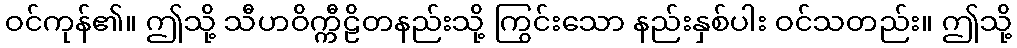
ဝင်ကုန်၏။ ဤသို့ သီဟဝိက္ကီဠိတနည်းသို့ ကြွင်းသော နည်းနှစ်ပါး ဝင်သတည်း။ ဤသို့